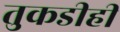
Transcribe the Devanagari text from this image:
तुकडीही